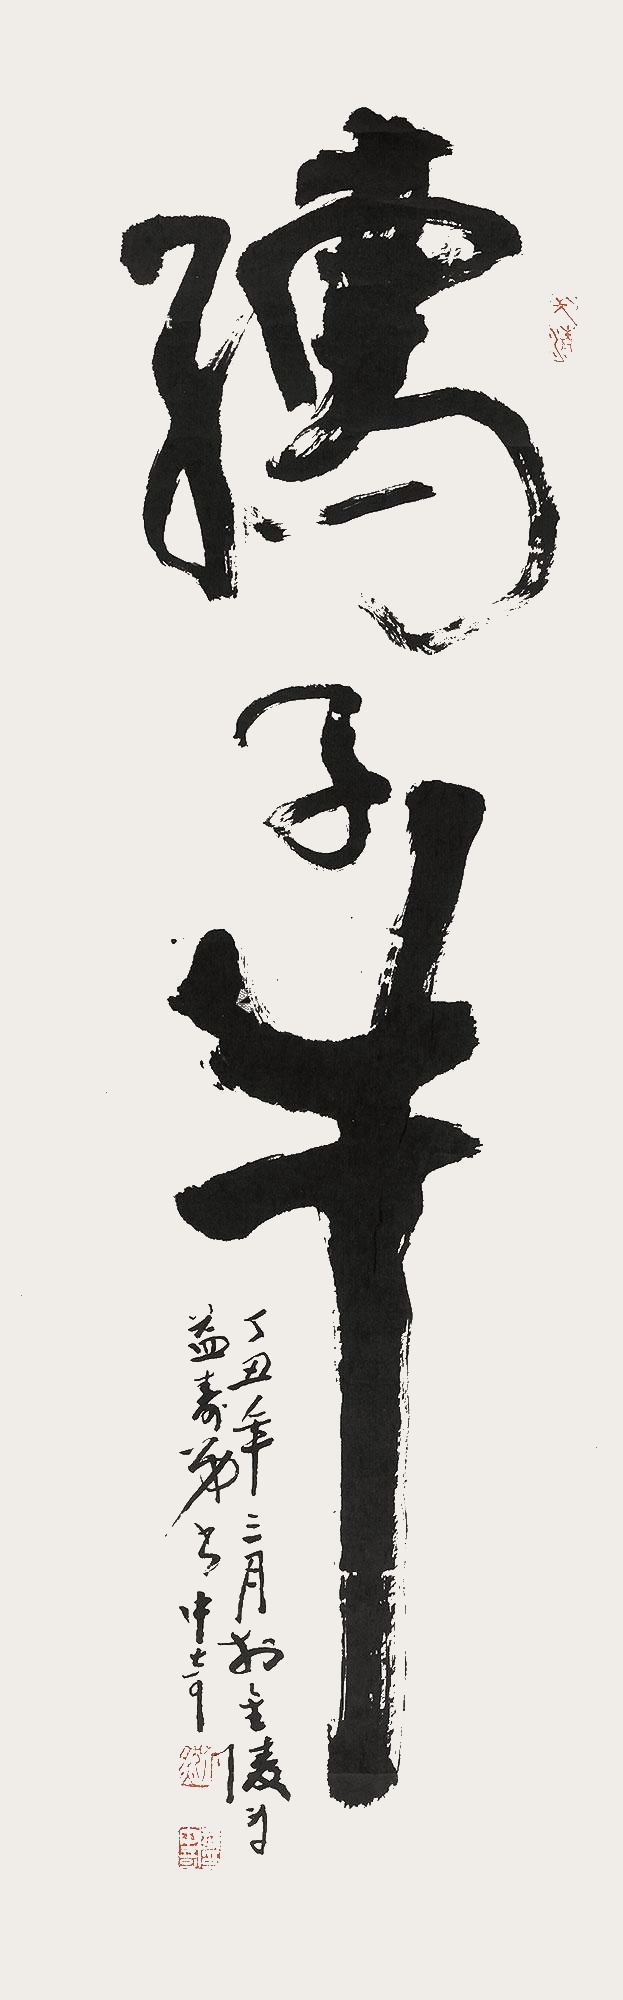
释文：孺子牛丁丑年三月于金陵为益寿弟书。中奇。